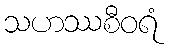
သဟဿစီဝရံ